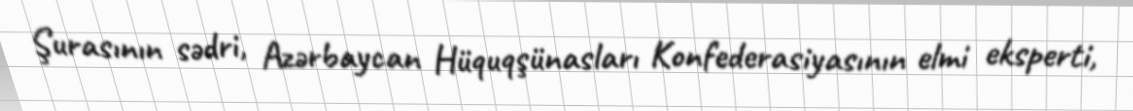
Şurasının sədri, Azərbaycan Hüquqşünasları Konfederasiyasının elmi eksperti,